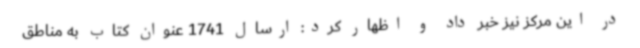
در این مرکز نیز خبر داد و اظهار کرد: ارسال 1741 عنوان کتاب به مناطق